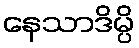
နေသာဒိမ္ပိ